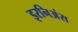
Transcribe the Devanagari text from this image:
इरनिअंस